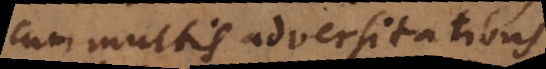
cum multis adversitatibus